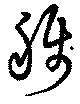
称